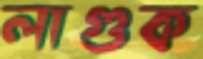
লাগুক